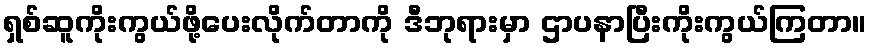
ရှစ်ဆူကိုးကွယ်ဖို့ပေးလိုက်တာကို ဒီဘုရားမှာ ဌာပနာပြီးကိုးကွယ်ကြတာ။